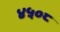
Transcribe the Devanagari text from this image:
४५०८